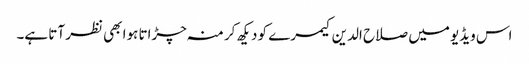
اس ویڈیو میں صلاح الدین کیمرے کو دیکھ کر منہ چڑاتا ہوا بھی نظر آتا ہے۔